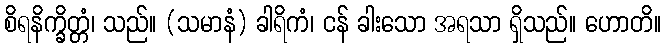
စိရနိက္ခိတ္တံ၊ သည်။ (သမာနံ) ခါရိကံ၊ ငန် ခါးသော အရသာ ရှိသည်။ ဟောတိ။